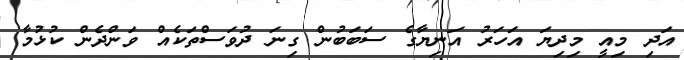
އަދި މިއީ މިދިޔަ އަހަރު އަނިޔާގެ ސަބަބުން ގިނަ ދުވަސްތަކެއް ވަންދެން ކުޅުމާ